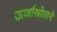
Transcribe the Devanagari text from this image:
ऊर्जास्रोताने